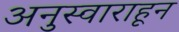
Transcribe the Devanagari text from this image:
अनुस्वाराहून